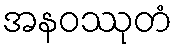
အနဝဿုတံ